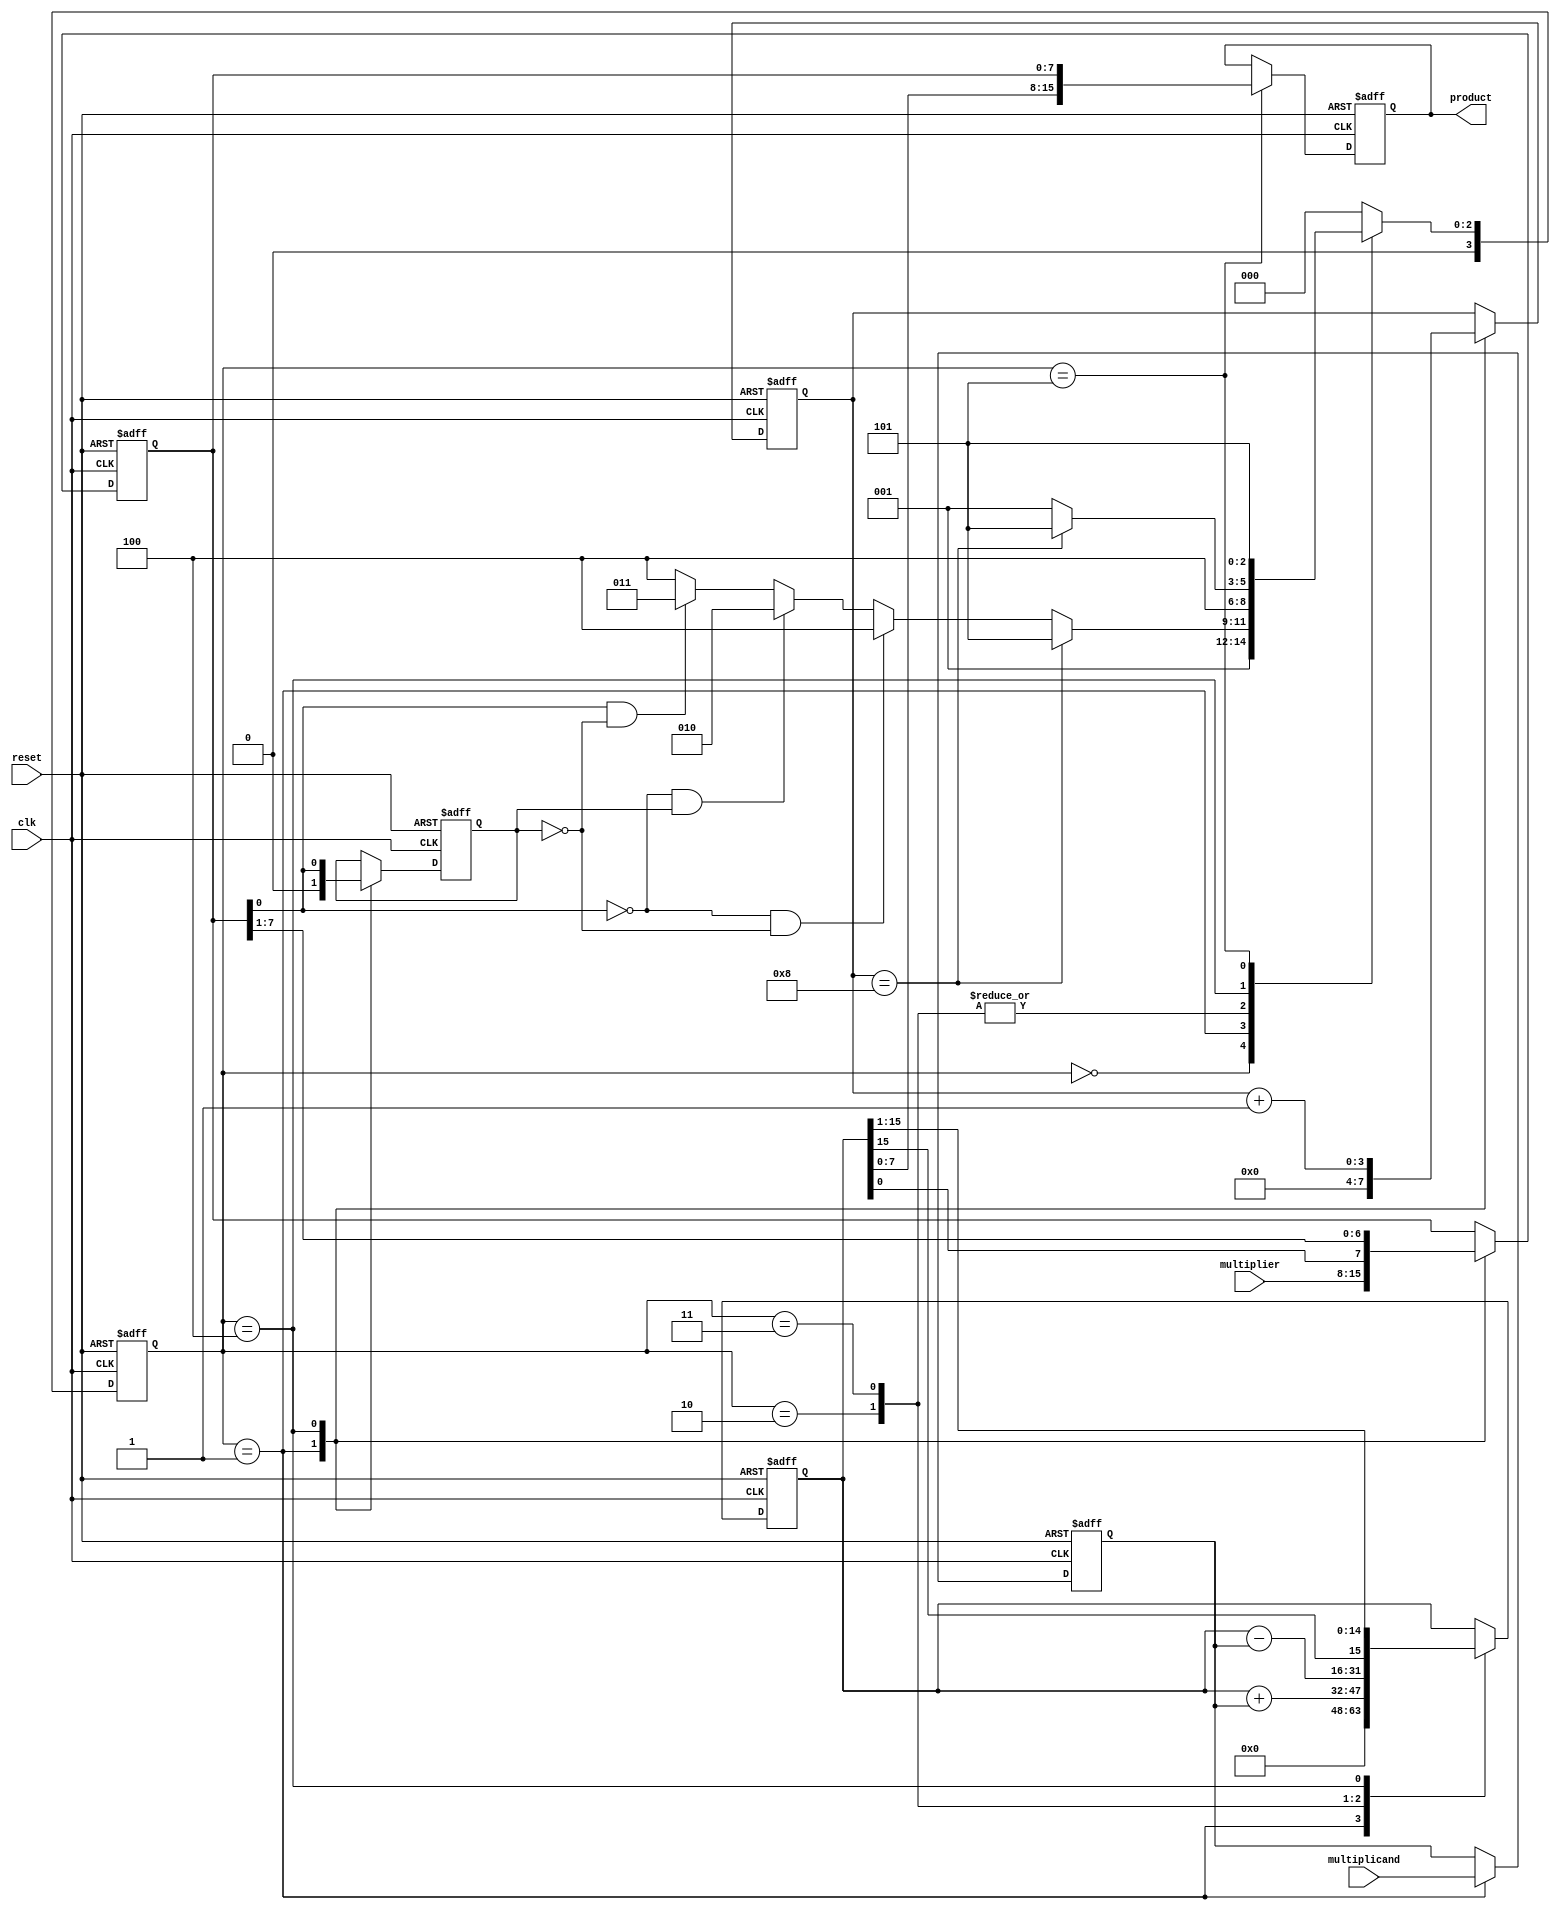
module booth_multiplier #(parameter N = 8) (
    input wire clk,
    input wire reset,
    input wire signed [N-1:0] multiplicand,
    input wire signed [N-1:0] multiplier,
    output reg signed [2*N-1:0] product
);

    // Registers
    reg signed [N-1:0] M;          // Multiplicand
    reg signed [N-1:0] Q;          // Multiplier
    reg signed [2*N-1:0] A;        // Accumulator
    reg Q_minus_1;                 // Previous bit
    reg [3:0] count;               // Iteration counter

    // State definitions
    localparam IDLE = 4'b0000;
    localparam LOAD = 4'b0001;
    localparam ADD = 4'b0010;
    localparam SUB = 4'b0011;
    localparam SHIFT = 4'b0100;
    localparam DONE = 4'b0101;

    reg [3:0] state, next_state;

    // State transition logic
    always @(posedge clk or posedge reset) begin
        if (reset) begin
            state <= IDLE;
        end else begin
            state <= next_state;
        end
    end

    // Next state logic
    always @(*) begin
        case (state)
            IDLE: next_state = LOAD;
            LOAD: next_state = (count == N) ? DONE : (Q[0] == 0 && Q_minus_1 == 0) ? SHIFT : (Q[0] == 0 && Q_minus_1 == 1) ? ADD : (Q[0] == 1 && Q_minus_1 == 0) ? SUB : SHIFT;
            ADD: next_state = SHIFT;
            SUB: next_state = SHIFT;
            SHIFT: next_state = (count == N) ? DONE : LOAD;
            DONE: next_state = DONE;
            default: next_state = IDLE;
        endcase
    end

    // Control logic and operation execution
    always @(posedge clk or posedge reset) begin
        if (reset) begin
            A <= 0;
            Q <= 0;
            M <= 0;
            Q_minus_1 <= 0;
            count <= 0;
            product <= 0;
        end else begin
            case (state)
                LOAD: begin
                    A <= 0;                  // Clear accumulator
                    Q <= multiplier;         // Load multiplier
                    M <= multiplicand;       // Load multiplicand
                    Q_minus_1 <= 0;         // Initialize Q-1
                    count <= 0;             // Initialize count
                end

                ADD: begin
                    A <= A + M;             // Add multiplicand to accumulator
                end

                SUB: begin
                    A <= A - M;             // Subtract multiplicand from accumulator
                end

                SHIFT: begin
                    // Arithmetic right shift
                    {A, Q} <= {A[2*N-1], A, Q} >> 1; // Shift right and preserve sign bit
                    Q_minus_1 <= Q[0];      // Update Q-1
                    count <= count + 1;     // Increment count
                end

                DONE: begin
                    product <= {A, Q};       // Store final product
                end
            endcase
        end
    end
endmodule